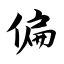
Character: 偏